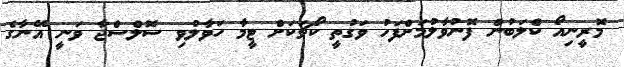
މޮރީނިއޯ ކްލަބުން ފޮނުވާލުމަށްފަހު ވަގުތީ ކޯޗަކަށް ޓީމާ ހަވާލުވި ސޮލްސްޖާ ވަނީ އޭނާގެ